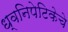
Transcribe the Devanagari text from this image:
ध्वनिपेटिकेचे